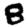
Digit: 8